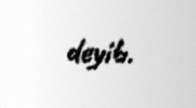
deyib.